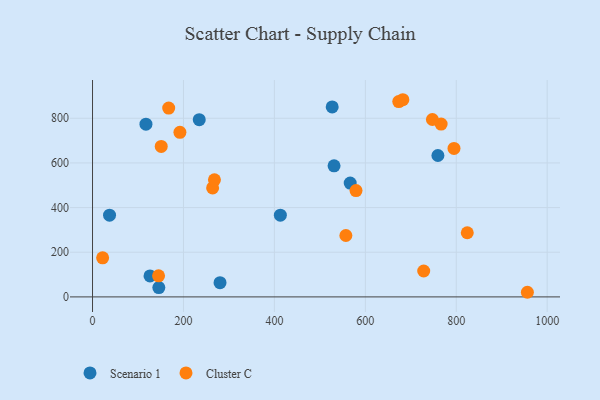
{"axis": {"x": "Study Hours", "y": "Salary"}, "legend": ["Cluster C", "Scenario 1"], "data": [{"x": "759.6", "y": 633.3, "type": "Scenario 1"}, {"x": "145.8", "y": 41.8, "type": "Scenario 1"}, {"x": "527.1", "y": 850.9, "type": "Scenario 1"}, {"x": "566.7", "y": 509.6, "type": "Scenario 1"}, {"x": "531.2", "y": 586.9, "type": "Scenario 1"}, {"x": "234.7", "y": 793.8, "type": "Scenario 1"}, {"x": "117.5", "y": 773.7, "type": "Scenario 1"}, {"x": "280.4", "y": 63.5, "type": "Scenario 1"}, {"x": "413.1", "y": 366.1, "type": "Scenario 1"}, {"x": "126.4", "y": 93.9, "type": "Scenario 1"}, {"x": "37.4", "y": 365.8, "type": "Scenario 1"}, {"x": "22.2", "y": 174.8, "type": "Cluster C"}, {"x": "264.1", "y": 487.9, "type": "Cluster C"}, {"x": "268.1", "y": 524.4, "type": "Cluster C"}, {"x": "766.7", "y": 774.1, "type": "Cluster C"}, {"x": "956.4", "y": 20.7, "type": "Cluster C"}, {"x": "824.2", "y": 287.4, "type": "Cluster C"}, {"x": "682.5", "y": 883.1, "type": "Cluster C"}, {"x": "151.1", "y": 674.1, "type": "Cluster C"}, {"x": "579.5", "y": 476.2, "type": "Cluster C"}, {"x": "673.5", "y": 874.9, "type": "Cluster C"}, {"x": "192.2", "y": 737.3, "type": "Cluster C"}, {"x": "747.5", "y": 794.6, "type": "Cluster C"}, {"x": "728.4", "y": 116.0, "type": "Cluster C"}, {"x": "557.2", "y": 275.0, "type": "Cluster C"}, {"x": "145.2", "y": 94.6, "type": "Cluster C"}, {"x": "795.0", "y": 665.0, "type": "Cluster C"}, {"x": "167.5", "y": 845.6, "type": "Cluster C"}]}